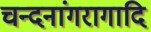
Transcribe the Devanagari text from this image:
चन्दनांगरागादि